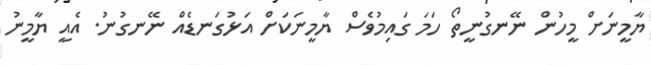
ޔާމީނަށް މީހުން ނޭނގުނީތޯ ހަމަ ގައިމުވެސް ޔާމީނަކަށް އަޅުގަނޑެއް ނޭނގުނު. އެއީ ޔާމީނު